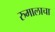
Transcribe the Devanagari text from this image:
रुमालाचा